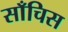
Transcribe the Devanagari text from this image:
साँचिस